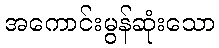
အကောင်းမွန်ဆုံးသော